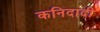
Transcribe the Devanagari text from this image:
कनिदादी